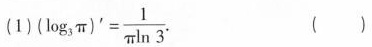
(1)$$(\log _{3}\pi)^{\prime} = \frac{1}{\pi \ln 3}.$$ ()